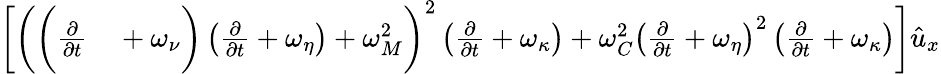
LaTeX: \begin{array}{rl}{\bigg[\bigg(\bigg(\frac{\partial}{\partial{t}}}&{{}+\omega_{\nu}\bigg)\left(\frac{\partial}{\partial{t}}+\omega_{\eta}\right)+\omega_{M}^{2}\bigg)^{2}\left(\frac{\partial}{\partial{t}}+\omega_{\kappa}\right)+\omega_{C}^{2}\left(\frac{\partial}{\partial{t}}+\omega_{\eta}\right)^{2}\left(\frac{\partial}{\partial{t}}+\omega_{\kappa}\right)\bigg]\hat{u}_{x}}\end{array}